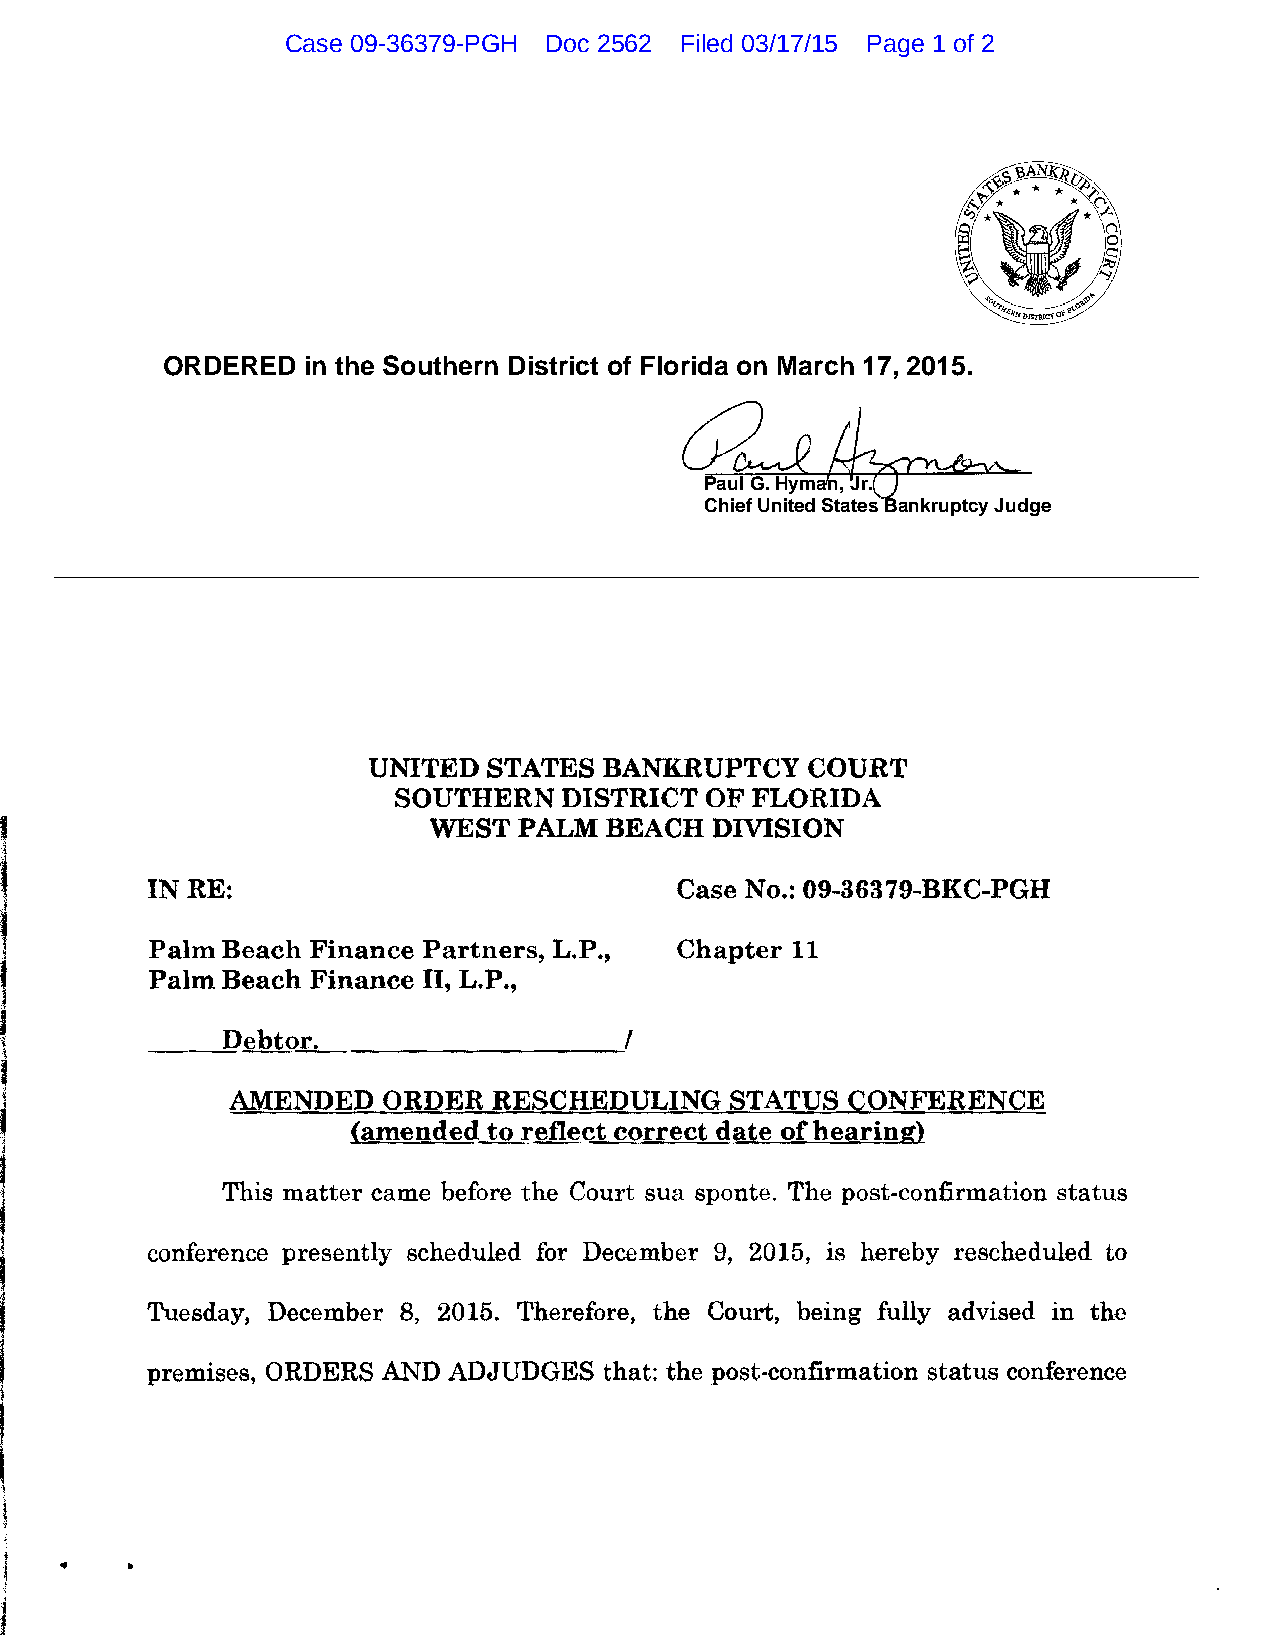
Case 09-36379-PGH Doc 2562 Filed 03/17/15 Page 1 of 2
 ORDERED  in the Southern District of Florida on March 17, 2015.
 Paul G. Hyman, Jr.
 Chief United States Bankruptcy Judge
 _____________________________________________________________________________
 UNITED  STATES  BANKRUPTCY   COURT
 SOUTHERN   DISTRICT  OF FLORIDA
 WEST  PALM  BEACH  DIVISION
 IN RE:                             Case No.: 09-36379-BKC-PGH
 Palm Beach Finance Partners, L.P., Chapter 11
 Palm Beach Finance II, L.P.,
 Debtor.                   I
 AMENDED   ORDER   RESCHEDULING   STATUS  CONFERENCE
 (amended to reflect correct date of hearing)
 This matter came before the Court sua sponte. The post-confirmation status
 conference presently scheduled for December 9, 2015, is hereby rescheduled to
 Tuesday, December 8, 2015. Therefore, the Court, being fully advised in the
 premises, ORDERS AND ADJUDGES that: the post-confirmation status conference
 ..